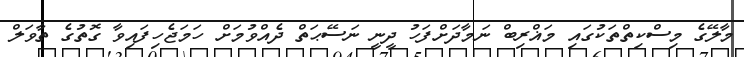
މާލޭގެ މިސްކިތްތަކުގައި މަޣްރިބް ނަމާދަށްފަހު ދީނީ ނަސޭޙަތް ދެއްވުމަށް ހަމަޖެހިފައިވާ ގޮތުގެ ތާވަލް